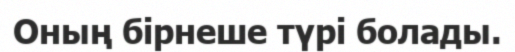
Оның бірнеше түрі болады.